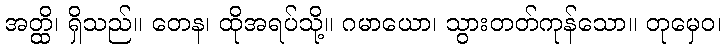
အတ္ထိ၊ ရှိသည်။ တေန၊ ထိုအရပ်သို့။ ဂမာယော၊ သွားတတ်ကုန်သော။ တုမှေဝ၊